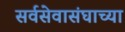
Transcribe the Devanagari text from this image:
सर्वसेवासंघाच्या